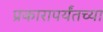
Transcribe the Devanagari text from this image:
प्रकारापर्यंतच्या